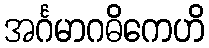
အင်္ဂမာဂဓိကေဟိ